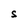
Character: S